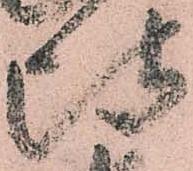
比